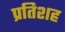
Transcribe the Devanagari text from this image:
प्रतिशह